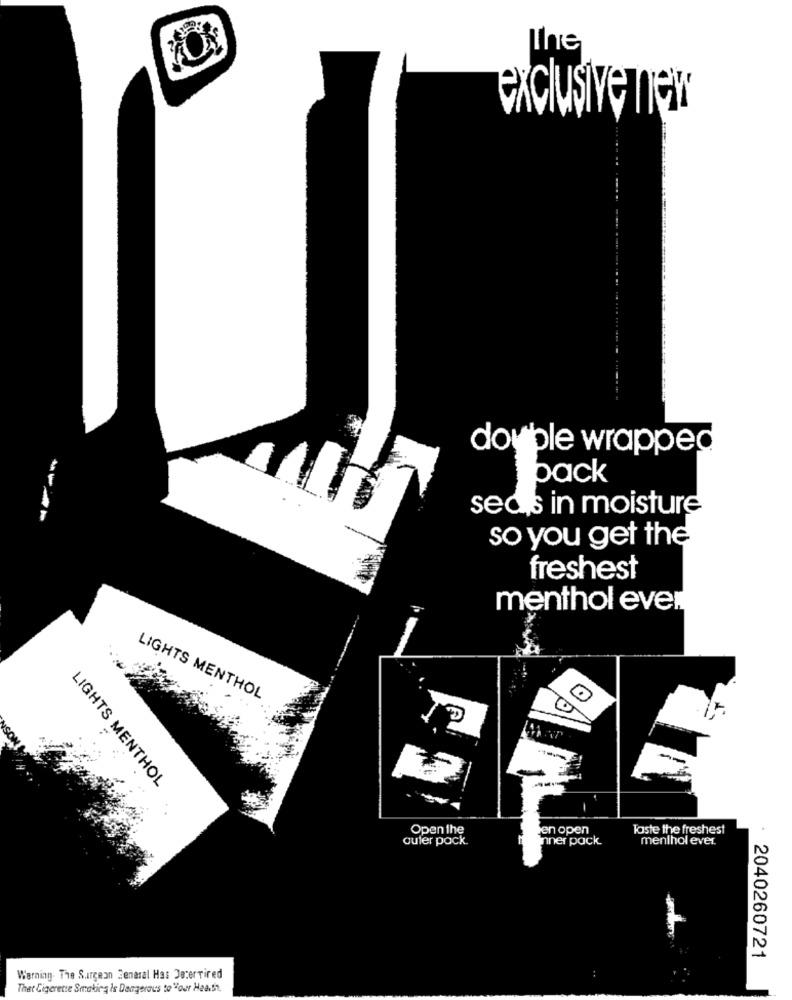
The
exclusive nau
double wrapped
-
back
sedis in moisture
so you get the
freshest
menthol ever
LIGHTS MENTHOL
.
LIGHTS MENTHOL
Open the
en open
Taste the freshest
outer pack.
nner pack.
menthol ever.
2040260721
Warning. The Surgeon General Has Deterrired
Thet Cigerente Smaking Is Dangerous to "our Headsa.